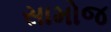
સામોજ